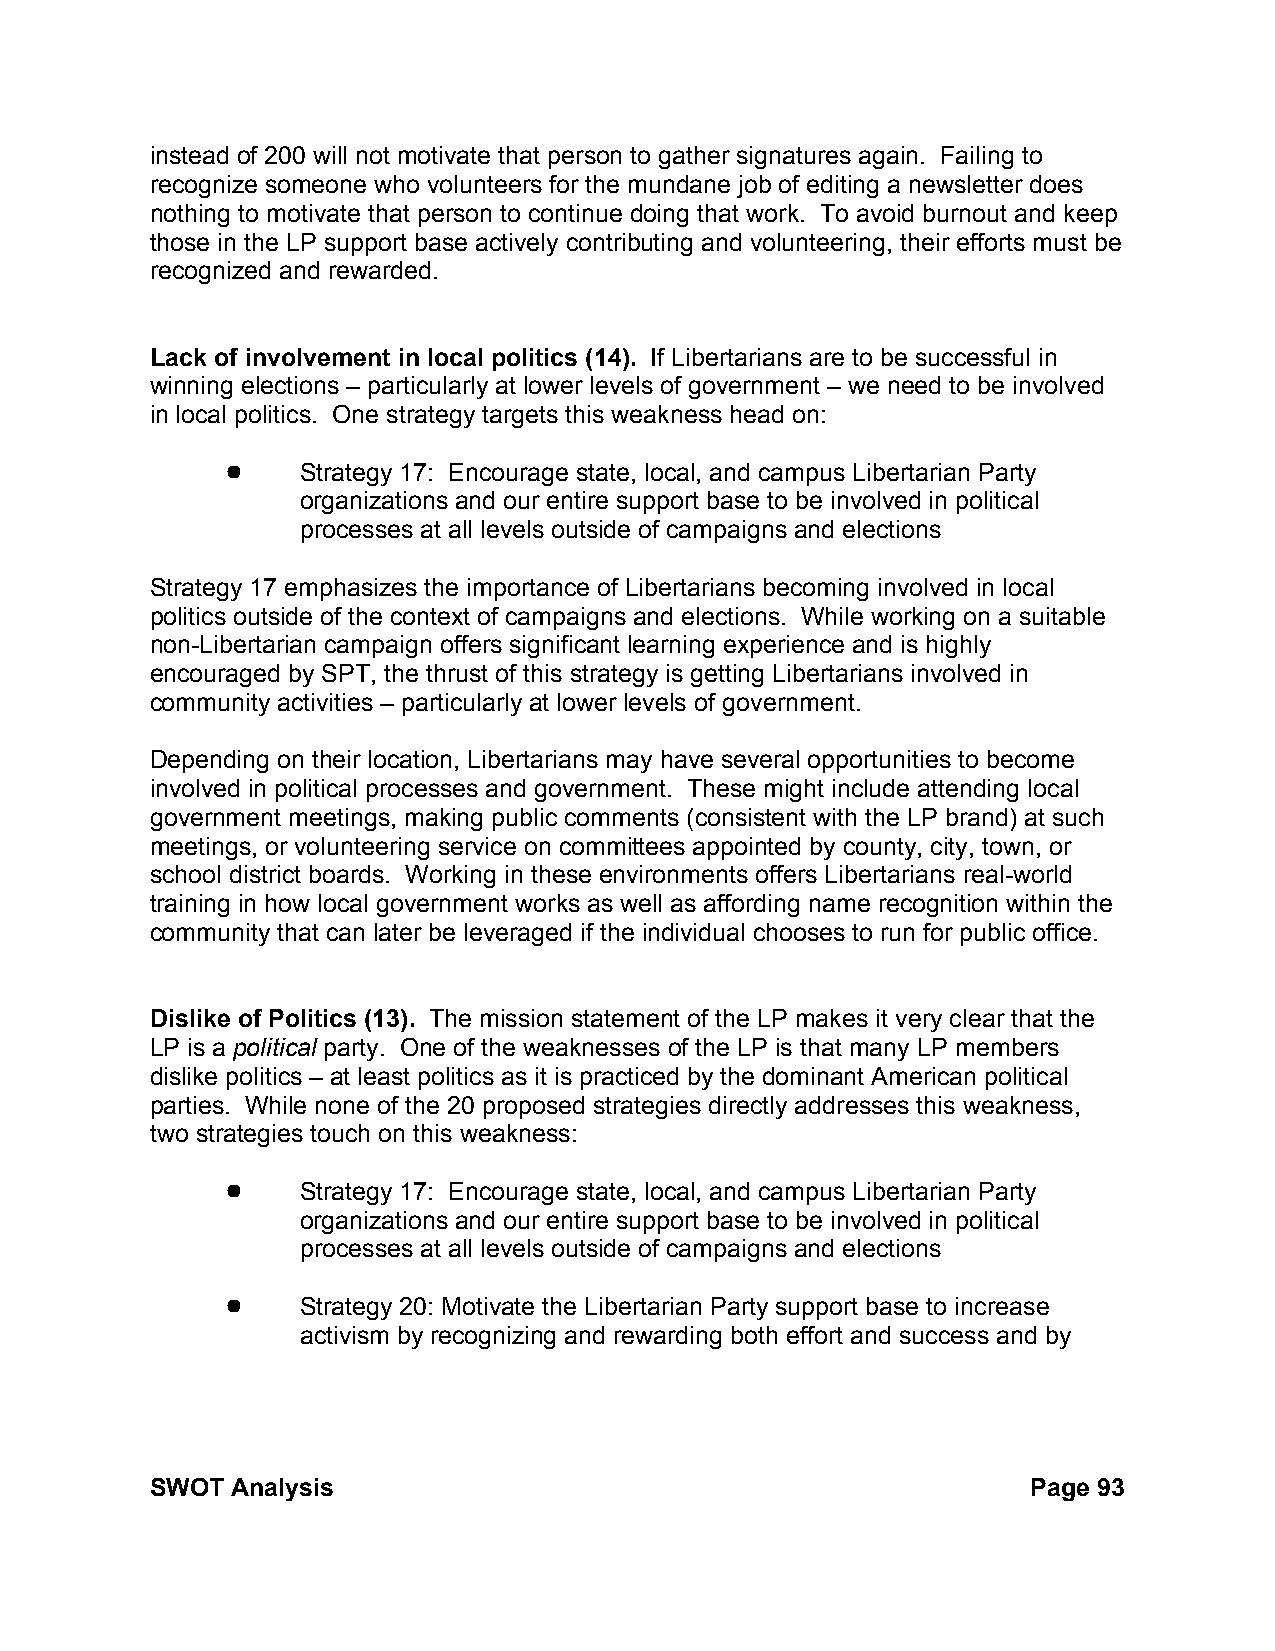
instead of 200 will not motivate that person to gather signatures again. Failing to
 recognize someone who volunteers for the mundane job of editing a newsletter does
 nothing to motivate that person to continue doing that work. To avoid burnout and keep
 those in the LP support base actively contributing and volunteering, their efforts must be
 recognized and rewarded.
 Lack of involvement in local politics (14). If Libertarians are to be successful in
 winning elections – particularly at lower levels of government – we need to be involved
 in local politics. One strategy targets this weakness head on:
 !    Strategy 17: Encourage state, local, and campus Libertarian Party
 organizations and our entire support base to be involved in political
 processes at all levels outside of campaigns and elections
 Strategy 17 emphasizes the importance of Libertarians becoming involved in local
 politics outside of the context of campaigns and elections. While working on a suitable
 non-Libertarian campaign offers significant learning experience and is highly
 encouraged by SPT, the thrust of this strategy is getting Libertarians involved in
 community activities – particularly at lower levels of government.
 Depending on their location, Libertarians may have several opportunities to become
 involved in political processes and government. These might include attending local
 government meetings, making public comments (consistent with the LP brand) at such
 meetings, or volunteering service on committees appointed by county, city, town, or
 school district boards. Working in these environments offers Libertarians real-world
 training in how local government works as well as affording name recognition within the
 community that can later be leveraged if the individual chooses to run for public office.
 Dislike of Politics (13). The mission statement of the LP makes it very clear that the
 LP is a political party. One of the weaknesses of the LP is that many LP members
 dislike politics – at least politics as it is practiced by the dominant American political
 parties. While none of the 20 proposed strategies directly addresses this weakness,
 two strategies touch on this weakness:
 !    Strategy 17: Encourage state, local, and campus Libertarian Party
 organizations and our entire support base to be involved in political
 processes at all levels outside of campaigns and elections
 !    Strategy 20: Motivate the Libertarian Party support base to increase
 activism by recognizing and rewarding both effort and success and by
 SWOT Analysis                                             Page 93